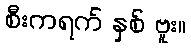
စီးကရက် နှစ် ဗူး။